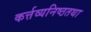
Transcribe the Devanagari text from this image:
कर्त्तव्यनिष्ठतथा